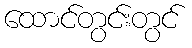
ထောင်တွင်းတွင်